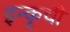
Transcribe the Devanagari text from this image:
इन्कृची